Lock hospitals Punjab
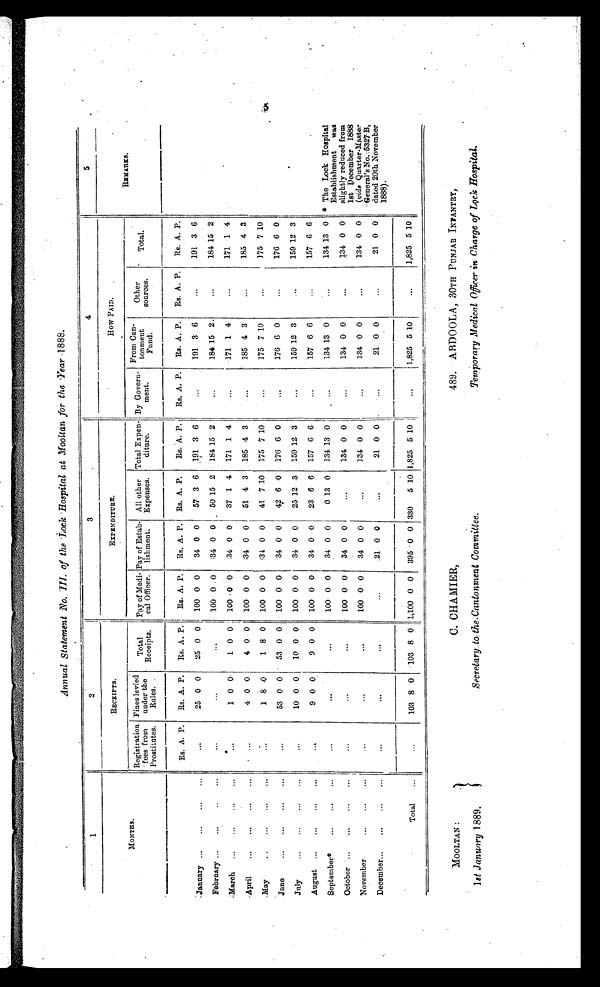
Annual Statement No. III. of the Lock Hospital at Moollan for the Year 1888.
1
2
3
4
5
MONTHS.
RECEIPTS,
EXPENDITURE.
HOW PAID.
REMARKS.
Registration
fees from
Prostitutes.
Fines levied
under the
Rules.
Total
Receipts.
Pay of Medi-
cal Officer.
Pay of Estab-
lishment.
All other
Expenses.
Total Expen-
diture.
By Govern-
ment.
F r o m C a n t o n m e n t F u n d .
Other
sources.
Total.
Rs. A. P. Rs. A. P. Rs. A. P.
Rs. A. P. Rs. A. P. Rs. A. P.
Rs. A. P.
Rs. A. P. Rs. A. P. Rs. A. P.
Rs. A. P.
January ...
...
...
...
. . .
25 0 0
25 0 0
100 0 0
34 0 0
57 3 6 191 3 6
...
191 3 6
...
191 3 6
February . . .
. . .
. . .
. . .
. . .
...
. . .
100 0
0 34 0 0
50 15 2 184 15 2 ,
...
184 15 2
...
184 15 2
March ...
...
...
...
...
1 0 0
1 0 0 100 0 0
34 0 0
37 1 4 171 1 4
...
171 1 4
...
171 1 4
April
. . .
. . .
. . .
. . .
. . .
4 0 0
4 0 0
100 0 0
34 0 0
51 4 3 185 4 3
...
185 4 3
...
185 4 3
.May
. . . ...
...
...
...
1 8 0
1 8 0 100 0 0
34 0 0
41 7 10 175 7 10
...
175 7 10
...
175 7 10
June
...
...
. . .
...
. . .
53 0 0
53 0 0
100 0 0
34 0 0
42 6 0 176 6
...
176 6 0
...
176 6 0
July
...
...
...
...
...
10 0 0
10 0 0
100 0 0
34 0 0
25 12 .3 159 12 3
...
159 12 3
...
159 12 3
August ...
...
. . .
...
. . .
9 0 0
9 0 0
100 0 0
34 0 0
23 6 6 157 6 6
...
157 6 6
...
157 6 6
September* . . . ...
...
...
...
. . .
...
100 0 0
34 0 0
0 13 0 134 13 0
...
134 13
...
134 13 0
* T h e L o c k H o s p i t a l E s t a b l i s h m e n t w a s s l i g h t l y r e d u c e d f r o m 1 s t D e c e m b e r 1 8 8 8 ( v i d e Q u a r t e r - M a s t e r G e n e r a l ' s N o . 5 3 2 7 - B , d a t e d 2 0 t h N o v e m b e r 1 8 8 8 ) .
October ...
...
...
. . .
...
...
...
100 0 0
34 0 0
...
134 0 0
...
134 0 0
...
134 0 0
November
. . .
. . .
. . .
. . .
. . .
. . .
...
100 0 0
34 0 0
...
134 0 0
...
134 0 0
...
134 0 0
December
. . . ...
...
...
...
. . .
...
...
.21 0 0
. . .
21 0 0
...
21 0 0
...
21 0 0
Total
. . .
...
103 8 0
103 8 0 1,100 0 0 395 0 0 330 5 10 1,825 5
...
1,825 5 10
...
1,825 5 10
MOOLTAN :
1st January 1889,
C. CHAMIER,
Secrerary to the Cantonment Committee.
489. ABDOOLA, 30TH PUNJAB INFANTRY,
Temporary Medical Officer in Charge of Lock Hospital.